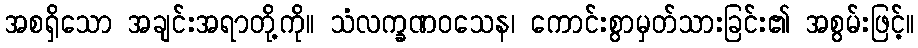
အစရှိသော အချင်းအရာတို့ကို။ သံလက္ခဏဝသေန၊ ကောင်းစွာမှတ်သားခြင်း၏ အစွမ်းဖြင့်။